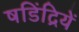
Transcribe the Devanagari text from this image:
षडिंद्रियें